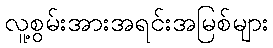
လူ့စွမ်းအားအရင်းအမြစ်များ